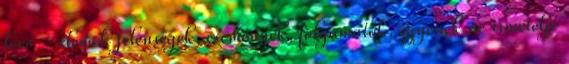
lévő - elemek jelenségek, események, folyamatok, egyének ne ismételje